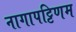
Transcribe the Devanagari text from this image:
नागापट्टिणम